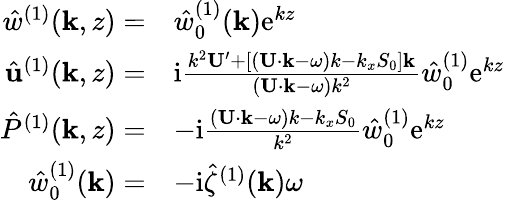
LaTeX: \begin{array}{rl}{\hat{w}^{(1)}(\mathbf{k},z)=}&{\hat{w}_{0}^{(1)}(\mathbf{k})\mathrm{e}^{kz}}\\ {\hat{\mathbf{u}}^{(1)}(\mathbf{k},z)=}&{\mathrm{i}\frac{k^{2}\mathbf{U}^{\prime}+[(\mathbf{U}\cdot\mathbf{k}-\omega)k-k_{x}S_{0}]\mathbf{k}}{(\mathbf{U}\cdot\mathbf{k}-\omega)k^{2}}\hat{w}_{0}^{(1)}\mathrm{e}^{kz}}\\ {\hat{P}^{(1)}(\mathbf{k},z)=}&{-\mathrm{i}\frac{(\mathbf{U}\cdot\mathbf{k}-\omega)k-k_{x}S_{0}}{k^{2}}\hat{w}_{0}^{(1)}\mathrm{e}^{kz}}\\ {\hat{w}_{0}^{(1)}(\mathbf{k})=}&{-\mathrm{i}\hat{\zeta}^{(1)}(\mathbf{k})\omega}\end{array}